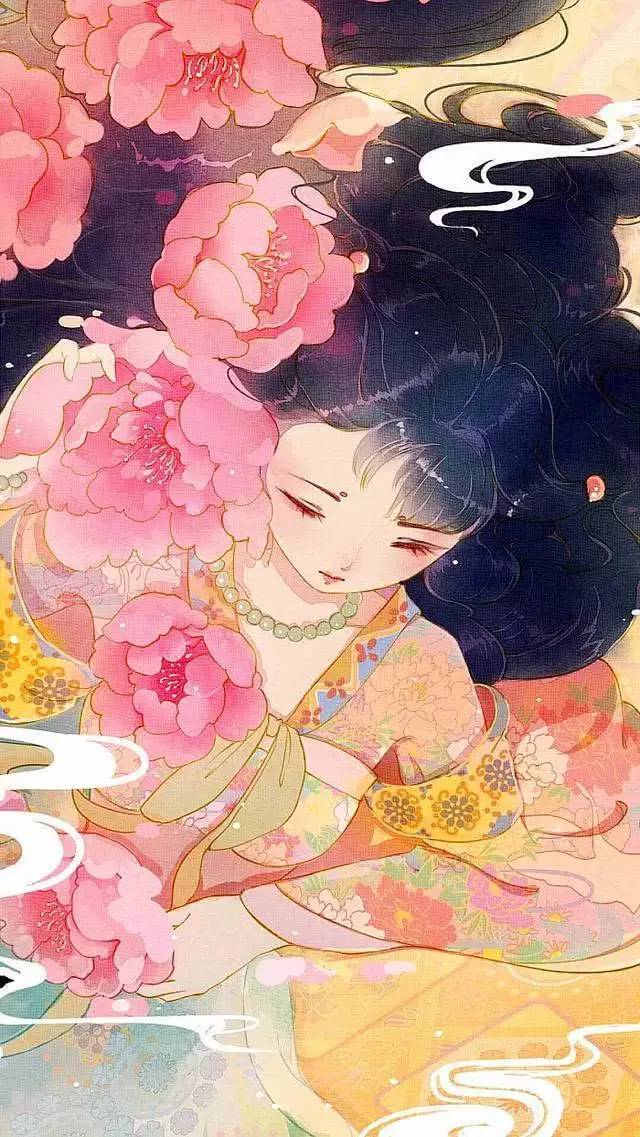
落木萧萧，琉璃叶下琼葩吐。